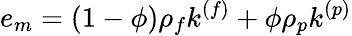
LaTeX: e_{m}=(1-\phi)\rho_{f}k^{(f)}+\phi\rho_{p}k^{(p)}